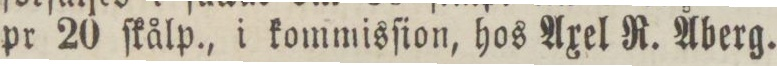
pr 20 ſkålp., i kommisſion, hos Axel R. Aberg.